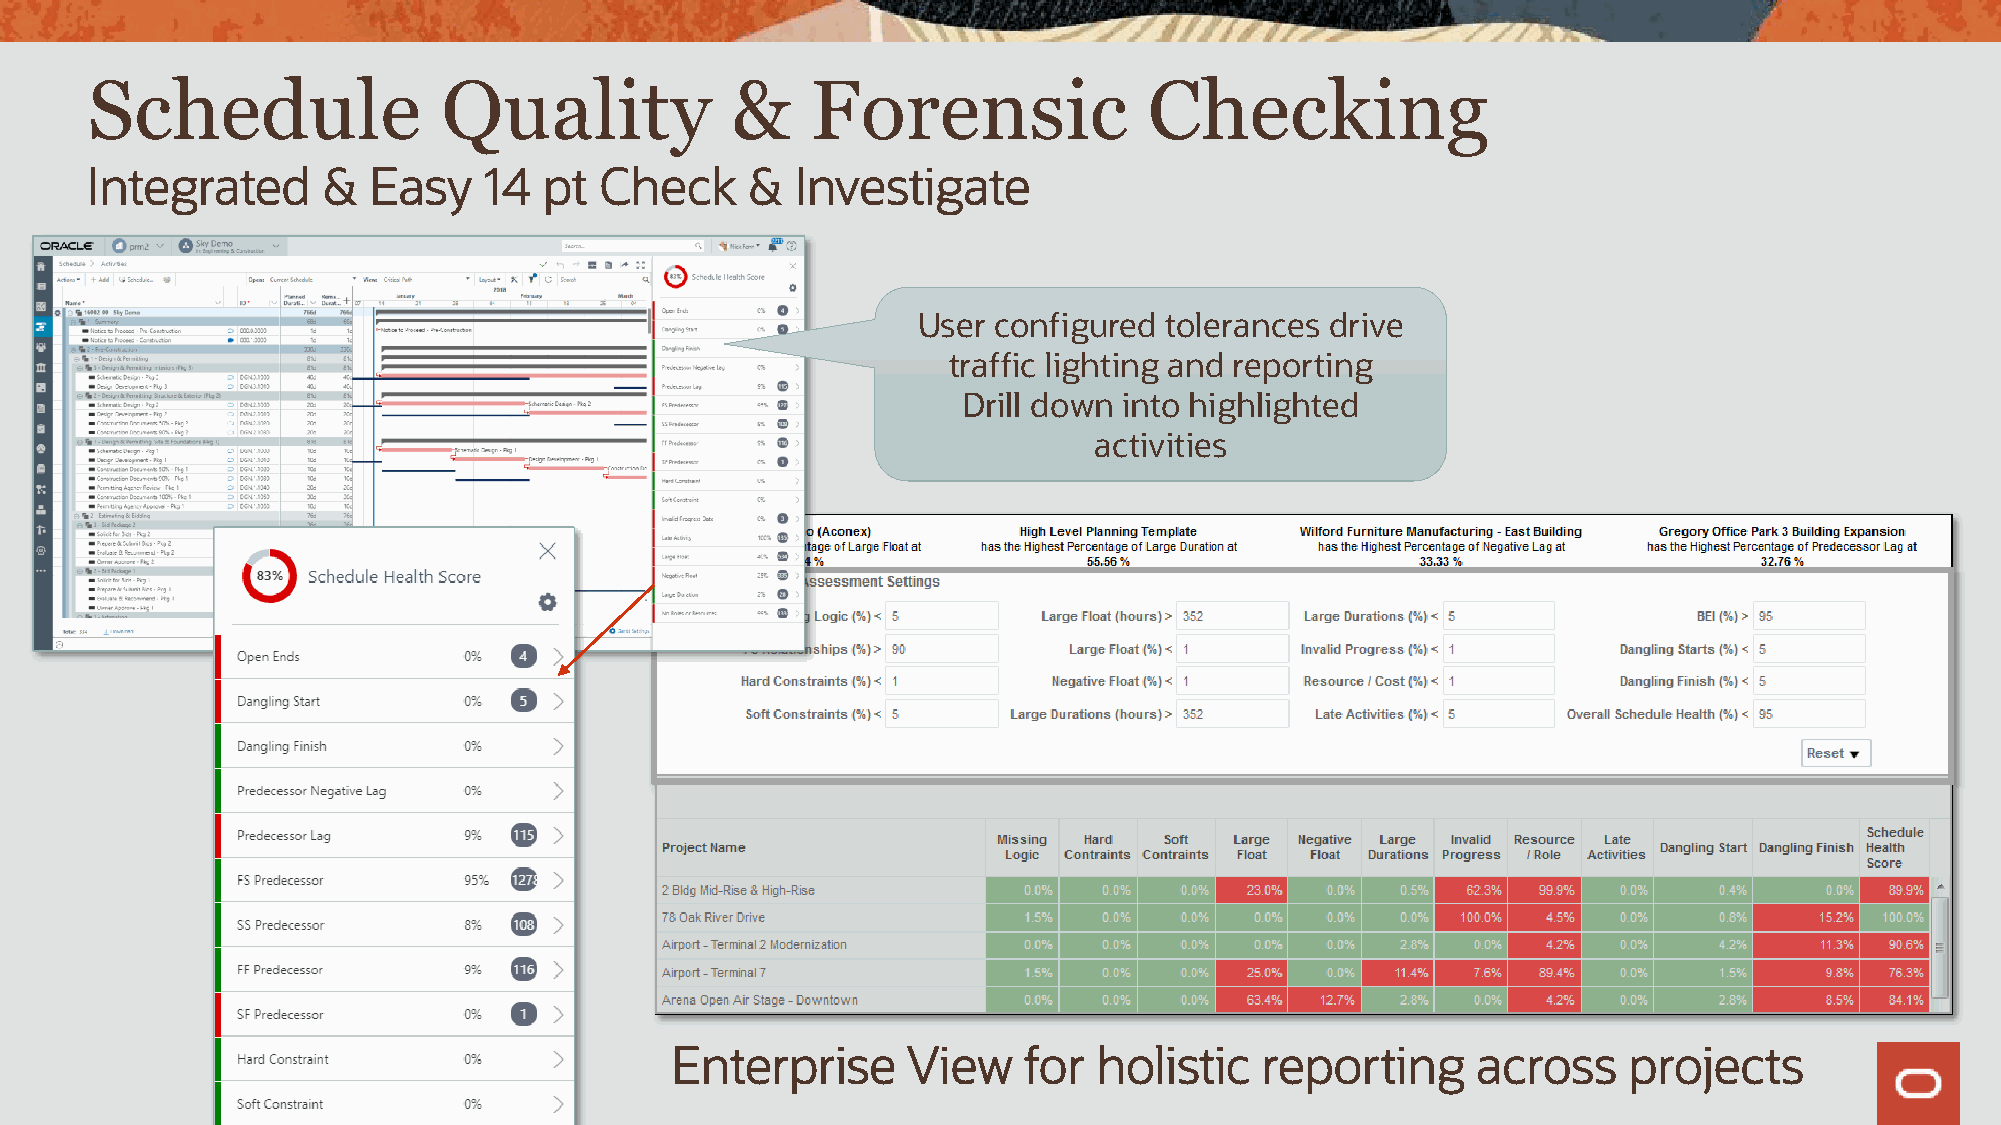
Schedule               Quality            &     Forensic              Checking
 Integrated     &  Easy    14  pt  Check    &   Investigate
 User configured tolerances drive
 traffic lighting and reporting
 Drill down into highlighted
 activities
 Enterprise      View    for  holistic  reporting      across    projects